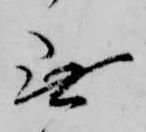
無